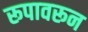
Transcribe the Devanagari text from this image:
रूपावरून